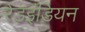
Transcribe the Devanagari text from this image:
रेडइंडियन